Punjab Mental Hospital Lahore 1922-31 - 1922-1931
Year: 1922
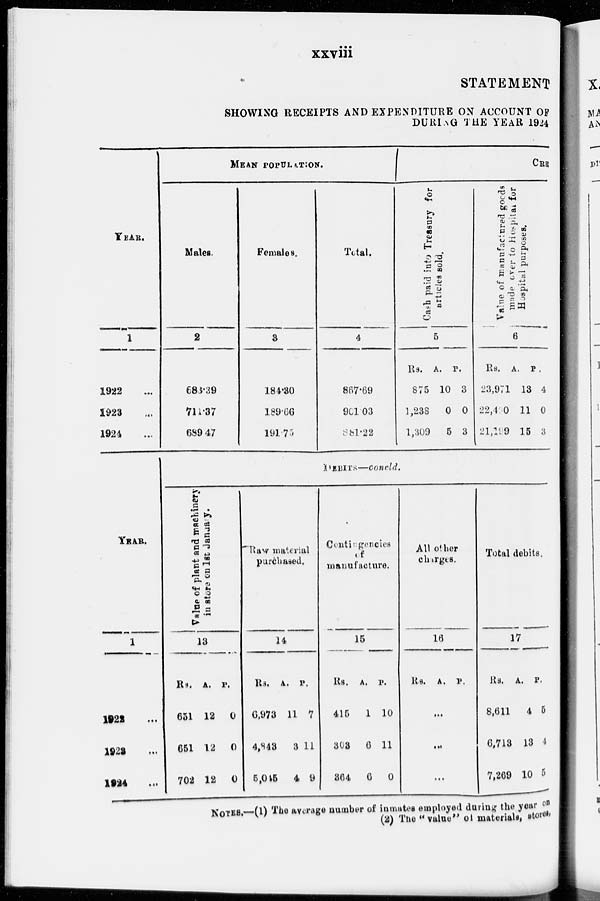
xxviii
STATEMENT
SHOWING RECEIPTS AND EXPENDITURE ON ACCOUNT OF
DURING THE YEAR 1924
YEAR.
1
1922 ...
1923 ...
1924 ...
YEAR.
1
1922 ...
1923 ...
1924 ...
MEAN POPULATION.
Males.
2
683.39
711.37
689.47
Females.
3
184.30
189.66
191.73
Total.
4
867.69
901.03
381.22
CRE
Cash paid into Treasury for
articles sold.
5
Rs.
875
1,238
1,309
A.
10
0
5
P.
3
0
3
Value of manufactured goods
made over to Hospital for
Hospital purposes.
6
Rs.
233,971
22,410
21,219
A.
13
11
15
P.
4
0
3
DEBITS—Concld.
Value
of plant and machinery
in store on 1st January.
13
Rs.
651
651
702
A.
12
12
12
P.
0
0
0
Raw material
purchased,
14
Rs.
6,973
4,843
5,045
A.
11
3
4
P.
7
11
9
Contingencies
of
manufacture.
15
Rs.
415
303
304
A.
1
6
6
P.
10
11
0
All other
charges.
16
Rs. A.
...
...
...
P.
Total debits.
17
Rs.
8,611
6,713
7,269
A.
4
13
10
P.
5
4
5
NOTES.—(1) The average number of inmates employed during the year on
(2) The "value" of materials, stores.